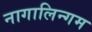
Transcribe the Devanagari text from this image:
नागालिन्गम